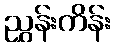
ညွှန်းကိန်း